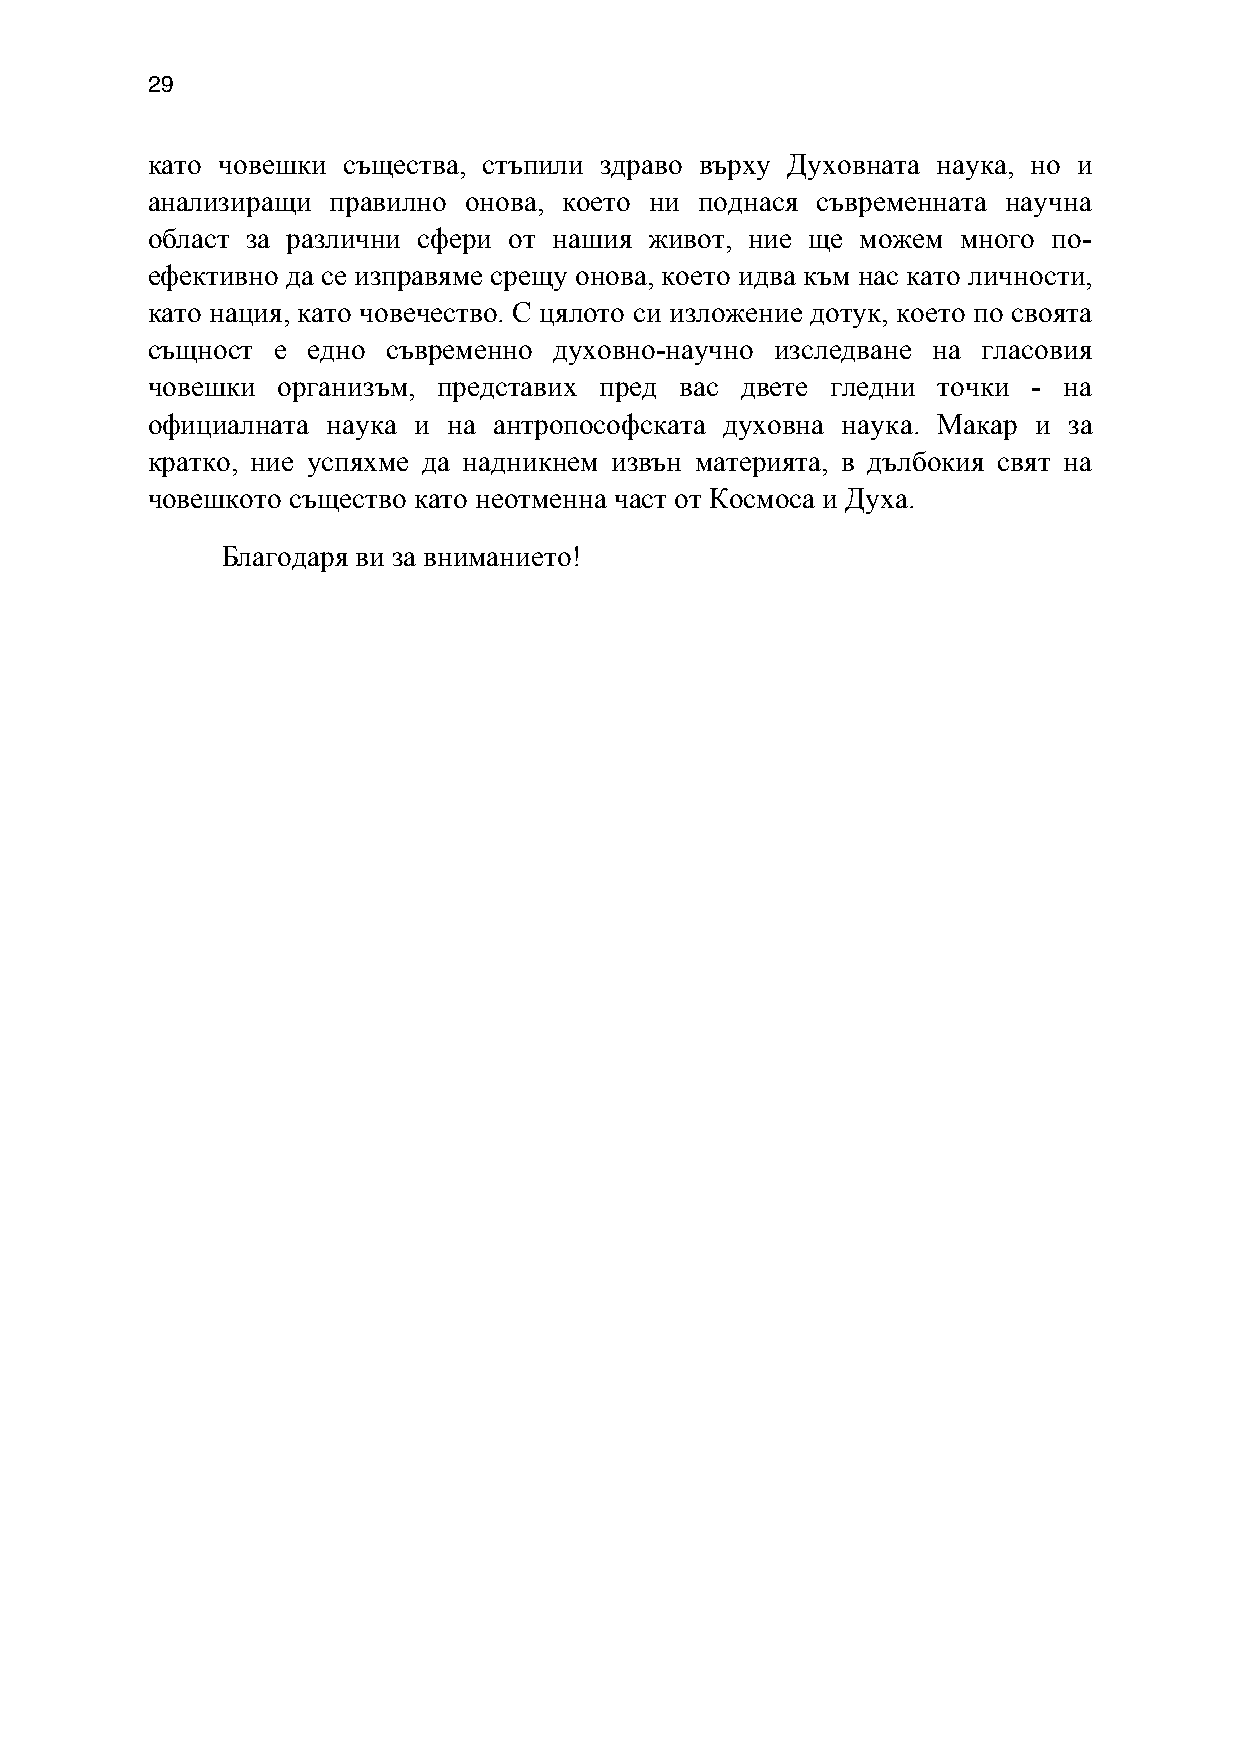
29
 като човешки същества, стъпили здраво върху Духовната наука, но и
 анализиращи правилно онова, което ни поднася съвременната научна
 област за различни сфери от нашия живот, ние ще можем много по-
 ефективно да се изправяме срещу онова, което идва към нас като личности,
 като нация, като човечество. С цялото си изложение дотук, което по своята
 същност е едно  съвременно духовно-научно изследване на гласовия
 човешки организъм, представих пред вас двете гледни точки - на
 официалната наука и на антропософската духовна наука. Макар и за
 кратко, ние успяхме да надникнем извън материята, в дълбокия свят на
 човешкото същество като неотменна част от Космоса и Духа.
 Благодаря ви за вниманието!